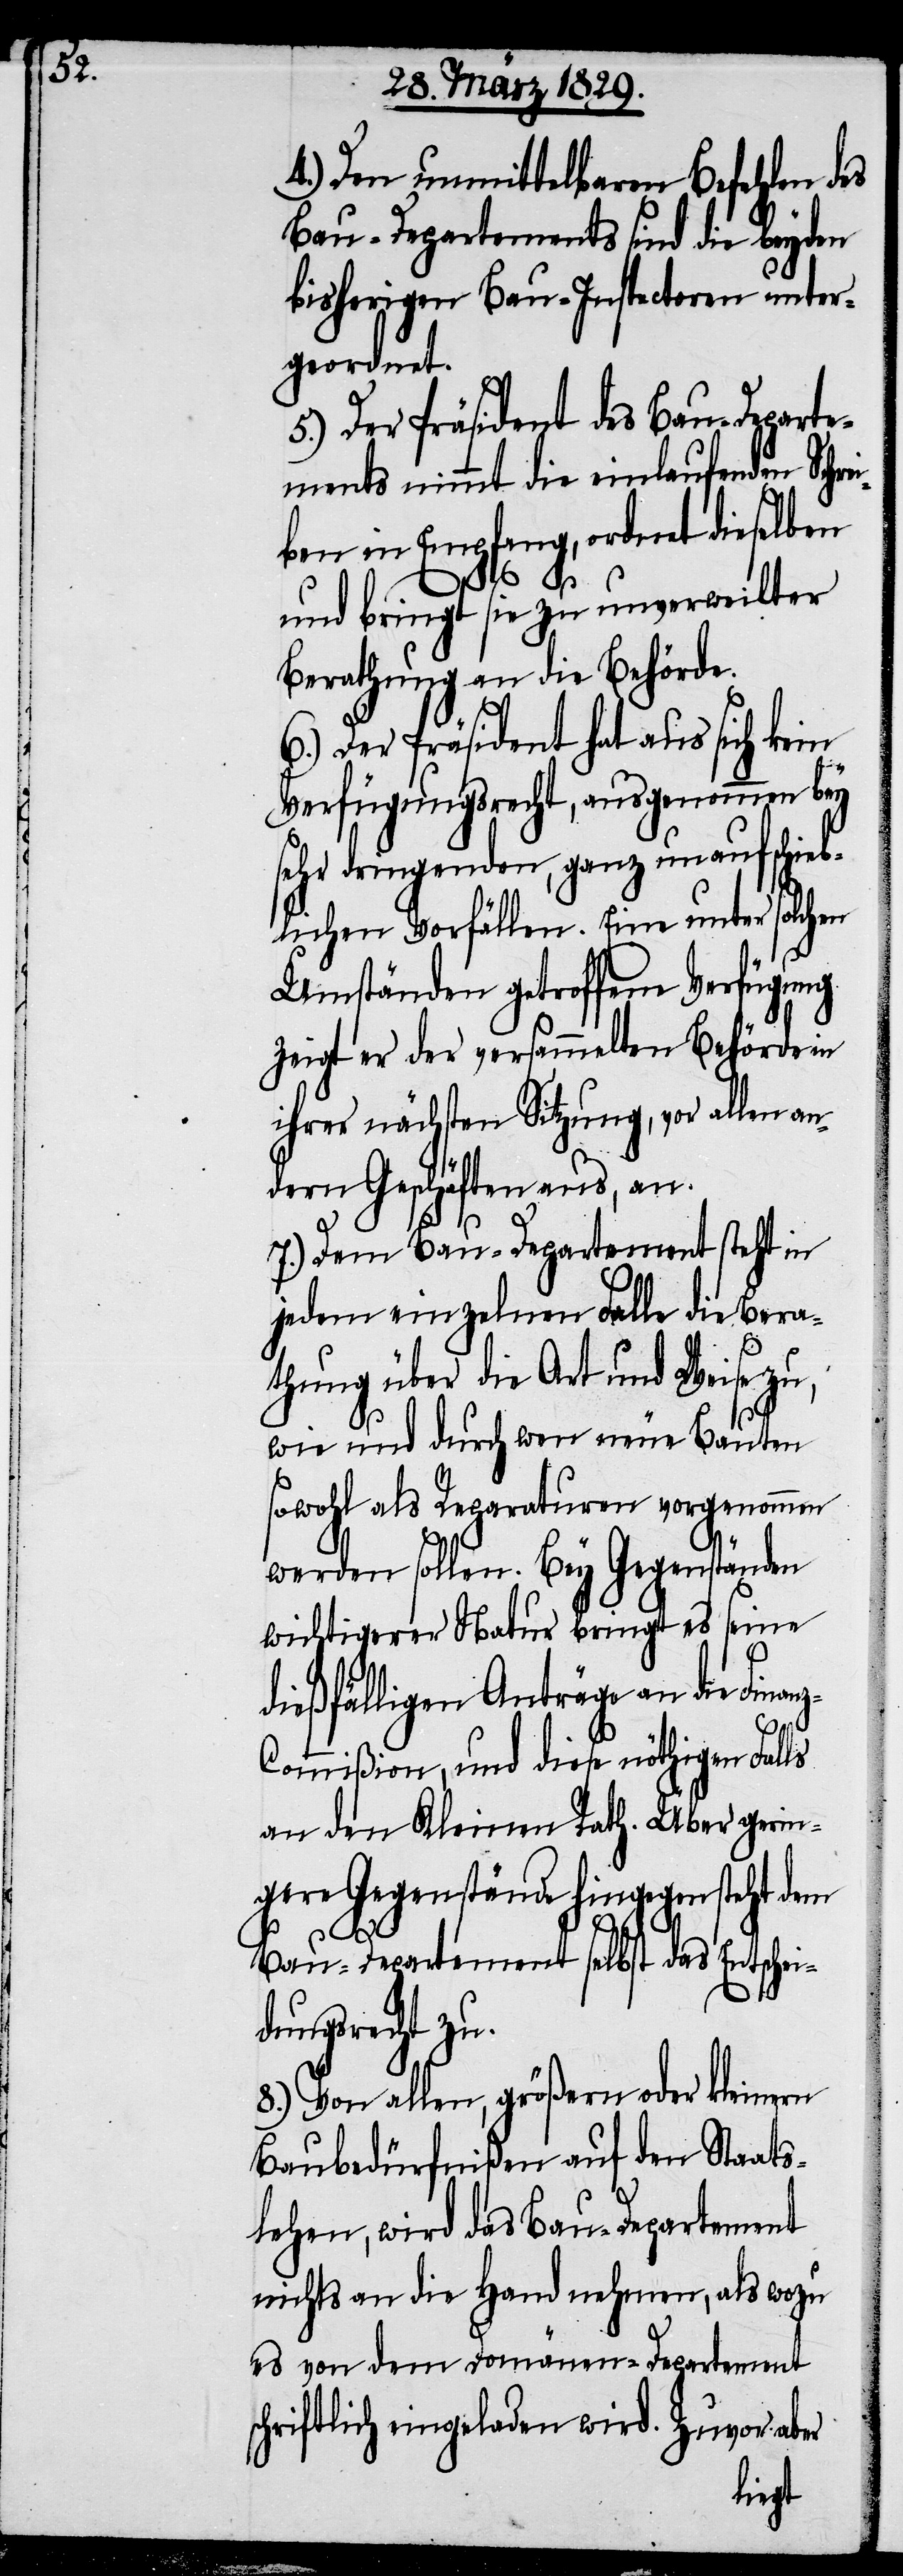
4.) Den unmittelbaren Befehlen des
Bau-Departements sind die beyden
bisherigen Bau-Inspectoren unter¬
geordnet.
5.) Der Präsident des Bau-Departe¬
ments nimmt die einlaufenden Schre¬
iben in Empfang, ordnet dieselben
nz-C¬
und bringt sie zu unverweilter
Berathung an die Behörde.
6.) Der Präsident hat aus sich kein
Verfügungsrecht, ausgenommen bey
sehr dringenden, ganz unaufschieb¬
lichen Vorfällen. Eine unter solchen
Umständen getroffene Verfügung
zeigt er der versammelten Behörde in
ihrer nächsten Sitzung, vor allen an¬
dern Geschäften aus, an.
7.) Dem Bau-Departement steht in
jedem einzelnen Falle die Bera¬
thung über die Art und Weise zu,
wie und durch wen neue Bauten
sowohl als Reparaturen vorgenommen
werden sollen. Bey Gegenständen
wichtigerer Natur bringt es seine
dießfälligen Anträge an die Fina¬
ommißion, und diese nöthigen Falls
an den Kleinen Rath. Über gerin¬
gere Gegenstände hingegeben steht dem
Bau-Departement selbst das Entschei¬
dungsrecht zu.
8.) Von allen, größern oder kleinern
Baubedürfnißen auf den Staats¬
lehen, wird das Bau-Departement
nichts an die Hand nehmen, als wozu
es von dem Domänen-Departement
schriftlich eingeladen wird. Zuvor aber